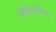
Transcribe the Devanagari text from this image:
निर्देशसूचिका